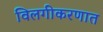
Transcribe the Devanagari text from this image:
विलगीकरणात